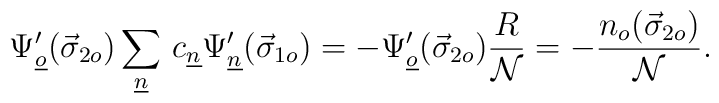
\Psi'_{\underline{o}}(\vec{\sigma}_{2o})\sum_{\underline{n}}\,c_{\underline{n}}\Psi'_{\underline{n}}(\vec{\sigma}_{1o})=-\Psi'_{\underline{o}}(\vec{\sigma}_{2o})\frac{R}{\cal N}=-\frac{n_o(\vec{\sigma}_{2o})}{\cal N}.